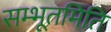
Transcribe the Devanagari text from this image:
सम्भूतमिति